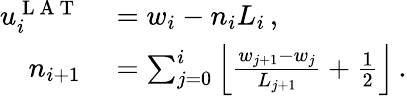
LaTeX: \begin{array}{rl}{u_{i}^{\mathrm{~L~A~T~}}}&{{}=w_{i}-n_{i}L_{i}\, ,}\\ {n_{i+1}}&{{}=\sum_{j=0}^{i}\left\lfloor\frac{w_{j+1}-w_{j}}{L_{j+1}}+\frac{1}{2}\right\rfloor\, .}\end{array}